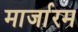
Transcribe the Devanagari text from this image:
मार्जारम